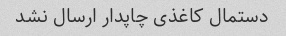
دستمال کاغذی چاپدار ارسال نشد